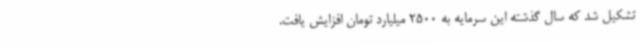
تشکیل شد که سال گذشته این سرمایه به 2500 میلیارد تومان افزایش یافت.